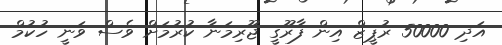
އަދި 50000 ރުޕީޒް އިން ފާރޫގީ ޖޫރިމަނާ ކުރުމަށް ވެސް ވަނީ ހުކުމް